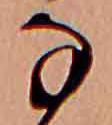
な